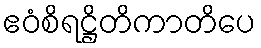
ဧဝံစိရဋ္ဌိတိကာတိပေ